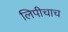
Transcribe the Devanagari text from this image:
लिपीचाच